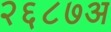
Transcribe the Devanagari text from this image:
२६८७अ